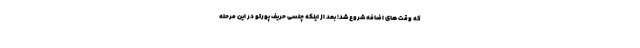
که وقت های اضافه شروع شد؛ بعد از اینکه چلسی حریف پورتو در این مرحله